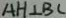
A H \bot B C